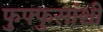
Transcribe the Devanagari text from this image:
फुफ्फुसांशी